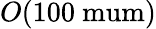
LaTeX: O(\mathrm{{100\ mum})}